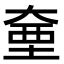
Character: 𭑗